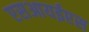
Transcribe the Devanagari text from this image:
एसआयईएस